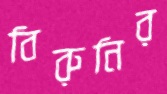
বিরুনির